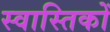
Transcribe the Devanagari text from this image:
स्वास्तिकों